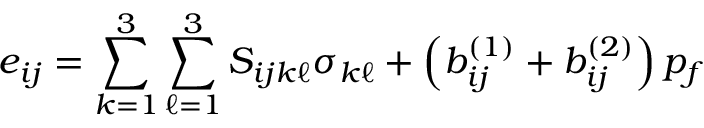
e _ { i j } = \sum _ { k = 1 } ^ { 3 } \sum _ { \ell = 1 } ^ { 3 } S _ { i j k \ell } \sigma _ { k \ell } + \left( b _ { i j } ^ { ( 1 ) } + b _ { i j } ^ { ( 2 ) } \right) p _ { f }